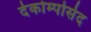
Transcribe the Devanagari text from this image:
देकोम्पोसेद